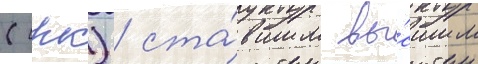
(срк) / ста́вшим вы́сшим